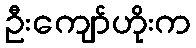
ဦးကျော်ဟိုးက